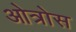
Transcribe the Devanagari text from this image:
ओत्रोस